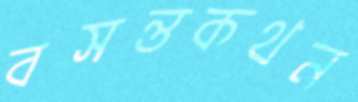
বসন্তকথন